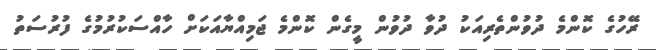
ރޭހުގެ ކޮންމެ ދުވުންތެރިއަކު ދުވާ ދުވުން މީގެން ކޮންމެ ޖަމިއްޔާއަކަށް ހާއްސަކުރުމުގެ ފުރުސަތު